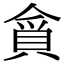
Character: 𮚃